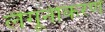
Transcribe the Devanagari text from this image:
लैगूनीकरण